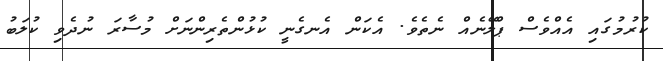
ކުރުމުގައި އެއްވެސް ޕްލޭނެއް ނެތެވެ. އެކަން އެނގެނީ ކުޅުންތެރިންނަށް މުސާރަ ނުދެވި ކުލަބު